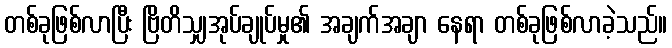
တစ်ခုဖြစ်လာပြီး ဗြိတိသျှအုပ်ချုပ်မှု၏ အချက်အချာ နေရာ တစ်ခုဖြစ်လာခဲ့သည်။